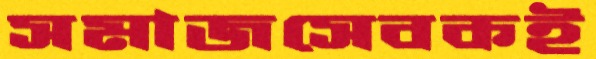
সমাজসেবকই